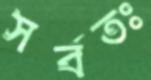
সর্বতঃ